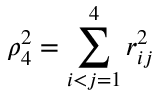
\rho _ { 4 } ^ { 2 } = \sum _ { i < j = 1 } ^ { 4 } r _ { i j } ^ { 2 }